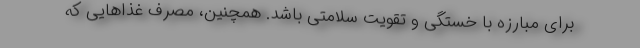
برای مبارزه با خستگی و تقویت سلامتی باشد. همچنین، مصرف غذاهایی که